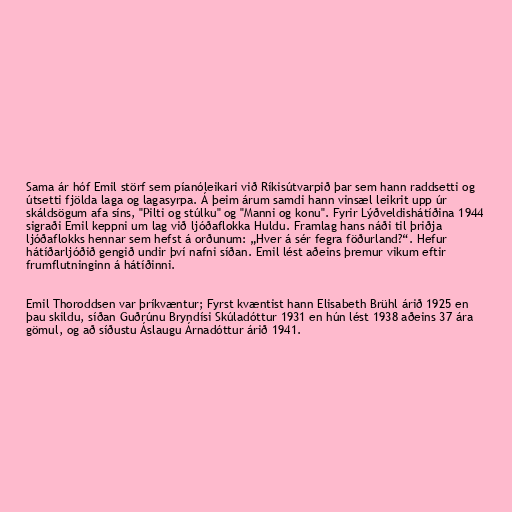
Sama ár hóf Emil störf sem píanóleikari við Ríkisútvarpið þar sem hann raddsetti og
útsetti fjölda laga og lagasyrpa. Á þeim árum samdi hann vinsæl leikrit upp úr
skáldsögum afa síns, "Pilti og stúlku" og "Manni og konu". Fyrir Lýðveldishátíðina 1944
sigraði Emil keppni um lag við ljóðaflokka Huldu. Framlag hans náði til þriðja
ljóðaflokks hennar sem hefst á orðunum: „Hver á sér fegra föðurland?“. Hefur
hátíðarljóðið gengið undir því nafni síðan. Emil lést aðeins þremur vikum eftir
frumflutninginn á hátíðinni.

Emil Thoroddsen var þríkvæntur; Fyrst kvæntist hann Elisabeth Brühl árið 1925 en
þau skildu, síðan Guðrúnu Bryndísi Skúladóttur 1931 en hún lést 1938 aðeins 37 ára
gömul, og að síðustu Áslaugu Árnadóttur árið 1941.